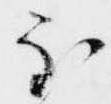
至